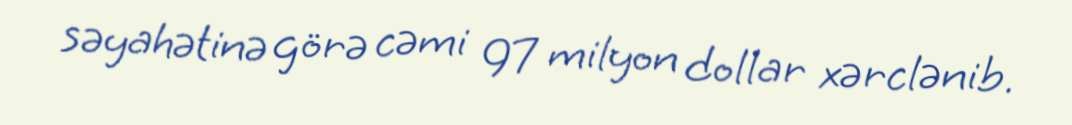
səyahətinə görə cəmi 97 milyon dollar xərclənib.